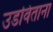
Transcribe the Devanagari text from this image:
उडविताना